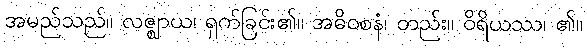
အမည်သည်။ လဇ္ဈာယ၊ ရှက်ခြင်း၏။ အဓိဝစနံ၊ တည်း။ ဝိရိယဿ၊ ၏။